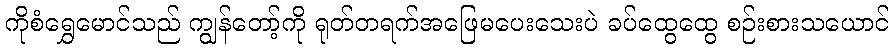
ကိုစံရွှေမောင်သည် ကျွန်တော့်ကို ရုတ်တရက်အဖြေမပေးသေးပဲ ခပ်ထွေထွေ စဉ်းစားသယောင်